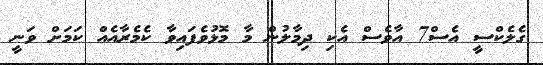
ގެލެކްސީ އެސް7 އާވެސް އެކި ދިމާލުން މާ މޮޅުވެފައިވާ ކެމެރާއެއް ކަމަށް ވަނީ